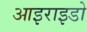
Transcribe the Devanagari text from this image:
आइराइडो